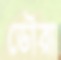
ডৌরা